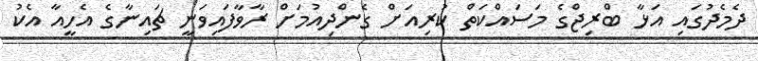
ދެމެދުގައި އަޅާ ބްރިޖްގެ މަސައްކަތް ކުރިއަށް ގެންދިއުމަށް ރާވާފައިވަނީ ޗައިނާގެ އެހީއާ އެކު